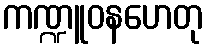
ကဏ္ဍူဝနဟေတု